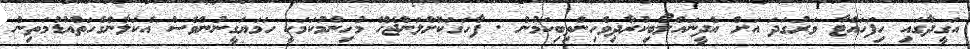
އަގީދާގައި ހިފަހައްޓާ ވަރުަގަދަ އަށް އެދީނައްލޯބިކުރާދިވެހިންތިބިކަމުން . ފާހަގަކޮށްލަންޖެހޭ މުހިންމުކަމަކީ ހަމަޔަގީނުންވެސް އެކަލާންގެހަތްއުޑުމަތިން